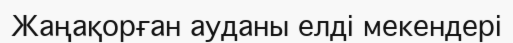
Жаңақорған ауданы елді мекендері